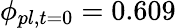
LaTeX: \phi_{pl,t=0}=0.609